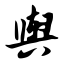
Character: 舆